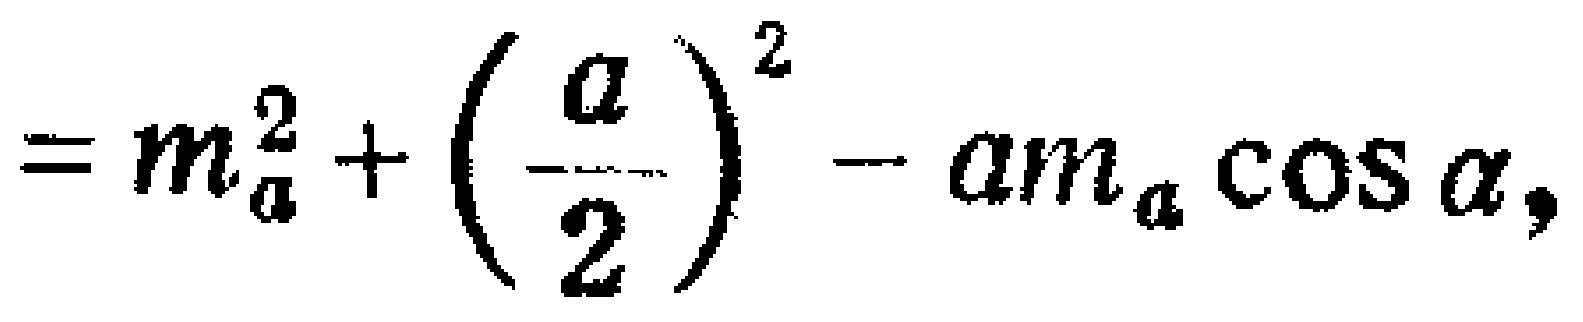
\[= m_{a}^{2}+\left(\frac{a}{2}\right)^{2}-am_{a}\cos\alpha,\]